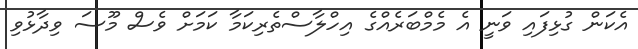
އެކަން ގުޅިފައި ވަނީ އެ މެމްބަރެއްގެ އިހްލާސްތެރިކަމާ ކަމަށް ވެސް މޫސަ ވިދާޅުވި